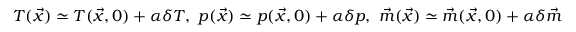
T ( \vec { x } ) \simeq T ( \vec { x } , 0 ) + \alpha \delta T , \ p ( \vec { x } ) \simeq p ( \vec { x } , 0 ) + \alpha \delta p , \ \vec { m } ( \vec { x } ) \simeq \vec { m } ( \vec { x } , 0 ) + \alpha \delta \vec { m }